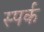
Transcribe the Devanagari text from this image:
स्पर्क